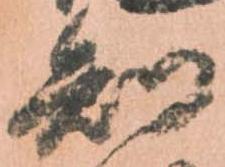
知